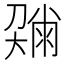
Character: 𡙼